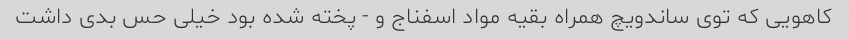
کاهویی که توی ساندویچ همراه بقیه مواد اسفناج و - پخته شده بود خیلی حس بدی داشت